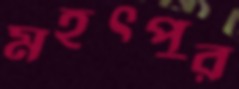
মহৎপুর